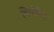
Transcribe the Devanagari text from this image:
वितोरिय